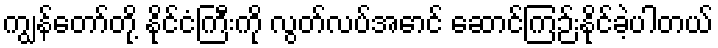
ကျွန်တော်တို့ နိုင်ငံကြီးကို လွတ်လပ်အောင် ဆောင်ကြဉ်းနိုင်ခဲ့ပါတယ်